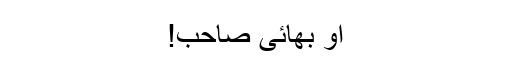
او بھائی صاحب!